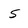
Character: 5